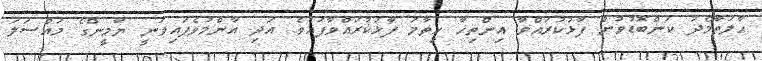
ހާލަތާމެދު ކަންބޮޑުވުން ފާޅުކުރައްވާ އިންތިހާ ހިތާމަ ފާޅުކުރައްވާފައެވެ. އަދި އާންމުވެފައިވަނީ ޔާމީންގެ މައްސަލަ